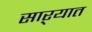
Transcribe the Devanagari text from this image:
साऱ्यात